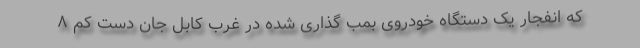
که انفجار یک دستگاه خودروی بمب گذاری شده در غرب کابل جان دست کم ۸